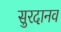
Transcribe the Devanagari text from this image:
सुरदानव